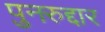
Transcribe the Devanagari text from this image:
पुनरुद्दार